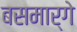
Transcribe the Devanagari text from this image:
बसमार्गे